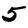
Digit: 5